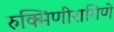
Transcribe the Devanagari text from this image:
रुक्मिणीरागिणे